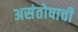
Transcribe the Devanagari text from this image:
असंतोषाची